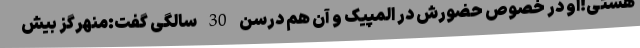
هستی!او در خصوص حضورش در المپیک و آن هم درسن 30 سالگی گفت:منهرگز بیش